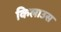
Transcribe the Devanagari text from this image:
किलाउस